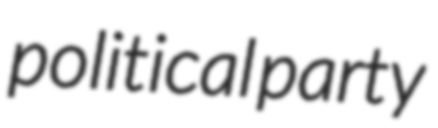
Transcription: political party